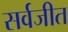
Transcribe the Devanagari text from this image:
सर्वजीत